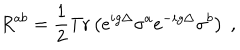
LaTeX: R ^ { a b } = \frac { 1 } { 2 } \mathrm { T r } \left( e ^ { i g \Delta } \sigma ^ { a } e ^ { - i g \Delta } \sigma ^ { b } \right) \ ,